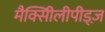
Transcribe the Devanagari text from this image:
मैक्सीिलीपीड्ज़